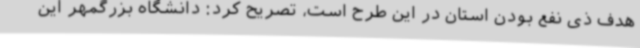
هدف ذی نفع بودن استان در این طرح است، تصریح کرد: دانشگاه بزرگمهر این